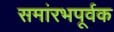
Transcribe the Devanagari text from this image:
समांरभपूर्वक